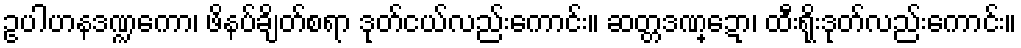
ဥပါဟနဒဏ္ဍကော၊ ဖိနပ်ချိတ်စရာ ဒုတ်ငယ်လည်းကောင်း။ ဆတ္တဒဏ္ဍော၊ ထီးရိုးဒုတ်လည်းကောင်း။